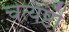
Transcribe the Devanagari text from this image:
चेत्यष्टौ